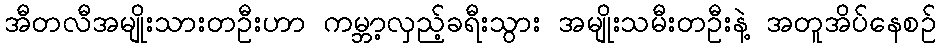
အီတလီအမျိုးသားတဦးဟာ ကမ္ဘာ့လှည့်ခရီးသွား အမျိုးသမီးတဦးနဲ့ အတူအိပ်နေစဉ်